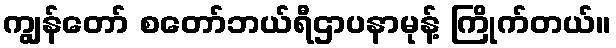
ကျွန်တော် စတော်ဘယ်ရီဌာပနာမုန့် ကြိုက်တယ်။